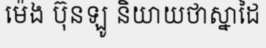
ម៉េង ប៊ុនឡូ និយាយថាស្នាដៃ